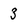
Character: 3